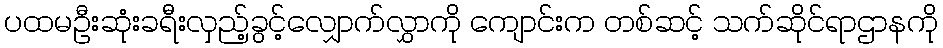
ပထမဦးဆုံးခရီးလှည့်ခွင့်လျှောက်လွှာကို ကျောင်းက တစ်ဆင့် သက်ဆိုင်ရာဌာနကို